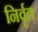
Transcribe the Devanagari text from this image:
निर्वृत